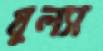
ধুল্যা